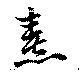
熹